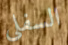
السفلى